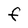
Character: F